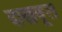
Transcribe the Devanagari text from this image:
दाखवूल